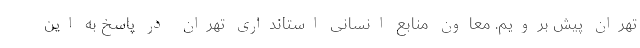
تهران پیش برویم. معاون منابع انسانی استانداری تهران در پاسخ به این